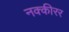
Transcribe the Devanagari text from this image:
नक्कीरर